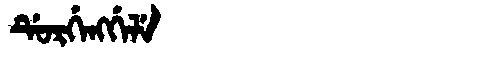
Manchu: ᡩᡠᡵᡤᡝᠩᡤᡝᠯᡝ
Romanization: DURGENGGELE